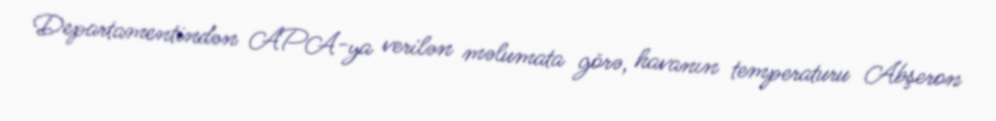
Departamentindən APA-ya verilən məlumata görə, havanın temperaturu Abşeron